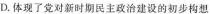
D.体现了党对新时期民主政治建设的初步构想